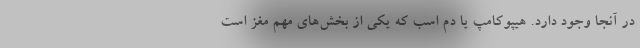
در آنجا وجود دارد. هیپوکامپ یا دم اسب که یکی از بخش‌های مهم مغز است